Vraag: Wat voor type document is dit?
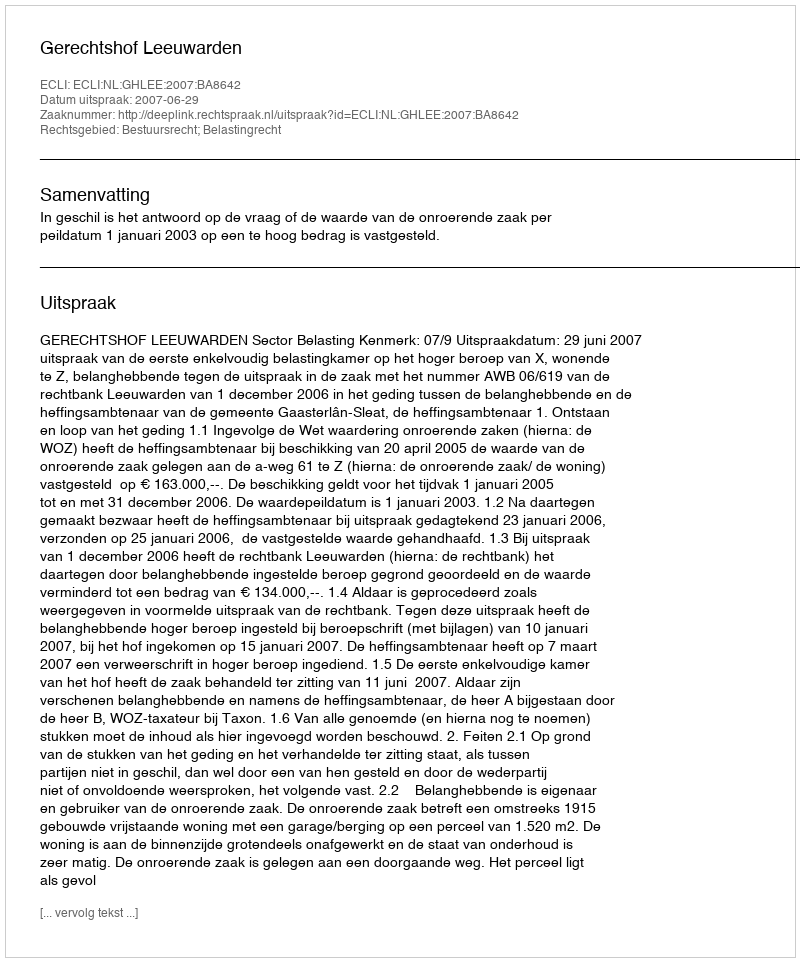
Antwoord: Uitspraak